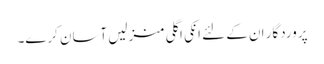
پروردگار ان کے لئے انکی اگلی منزلیں آسان کرے۔